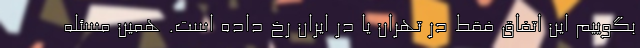
بگوییم این اتفاق فقط در تهران یا در ایران رخ داده است. همین مسئله